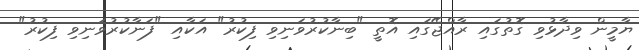
ޔާމީން ވިދާޅުވި ގޮތުގައި ރާއްޖޭގައި އޮތީ "ބިނާކުރުވަނިވި ފިކުރު" އަކާއި "ފަނާކުރުވަނިވި ފިކުރު"